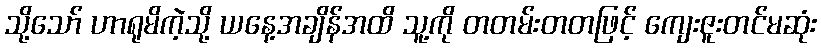
သို့သော် ဟာရုမိကဲ့သို့ ယနေ့အချိန်အထိ သူ့ကို တတမ်းတတဖြင့် ကျေးဇူးတင်မဆုံး